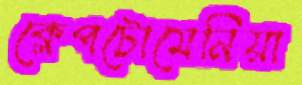
ক্লেপটোমেনিয়া